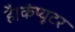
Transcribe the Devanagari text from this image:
है।कंप्यूटर